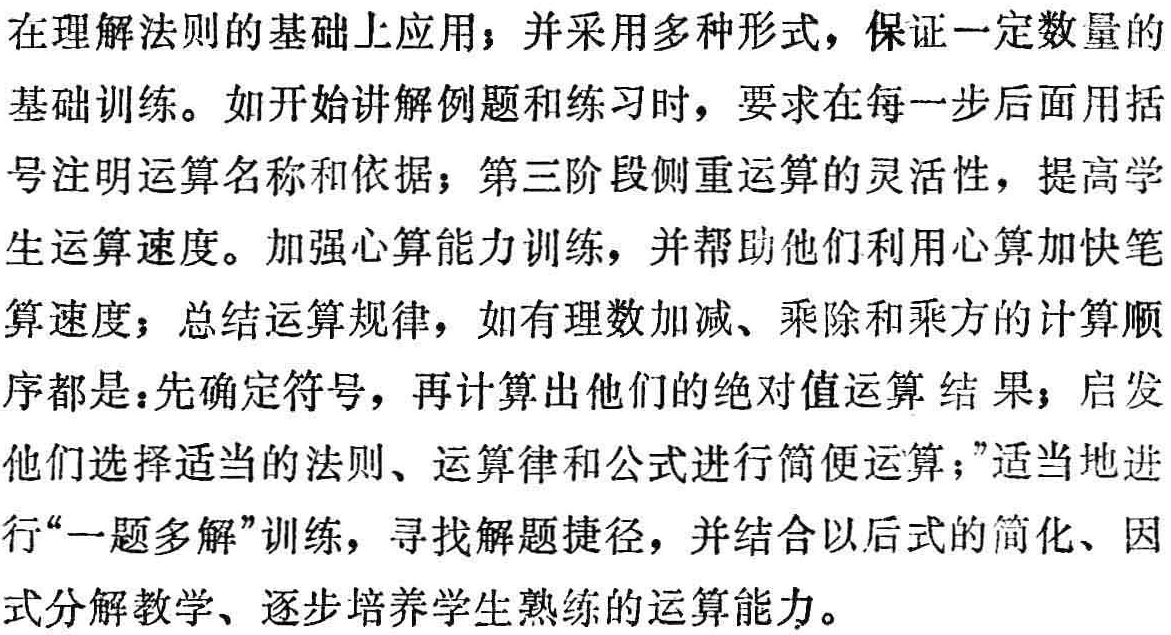
在理解法则的基础上应用；并采用多种形式，保证一定数量的

基础训练。如开始讲解例题和练习时，要求在每一步后面用括

号注明运算名称和依据；第三阶段侧重运算的灵活性，提高学

生运算速度。加强心算能力训练，并帮助他们利用心算加快笔

算速度；总结运算规律，如有理数加减、乘除和乘方的计算顺

序都是：先确定符号，再计算出他们的绝对值运算 结果；启发

他们选择适当的法则、运算律和公式进行简便运算；”适当地进

行“一题多解”训练，寻找解题捷径，并结合以后式的简化、因

式分解教学、逐步培养学生熟练的运算能力。